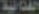
القتالية